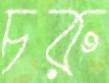
চরু